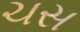
ચસ